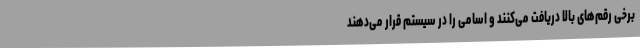
برخی رقم‌های بالا دریافت می‌کنند و اسامی را در سیستم قرار می‌دهند